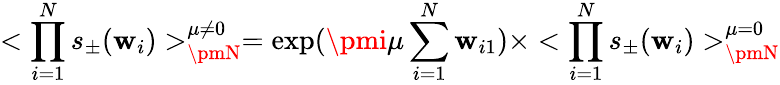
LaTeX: <\prod_{i=1}^{N}s_{\pm}(\mathbf{w}_{i})>_{\pmN}^{\mu\ne0}=\exp(\pmi\mu\sum_{i=1}^{N}\mathbf{w}_{i1})\times<\prod_{i=1}^{N}s_{\pm}(\mathbf{w}_{i})>_{\pmN}^{\mu=0}